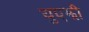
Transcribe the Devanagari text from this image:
युएझी